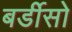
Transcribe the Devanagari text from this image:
बर्डीसो